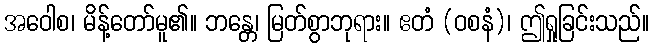
အဝေါစ၊ မိန့်တော်မူ၏။ ဘန္တေ၊ မြတ်စွာဘုရား။ ဧတံ (ဝစနံ)၊ ဤရှုခြင်းသည်။